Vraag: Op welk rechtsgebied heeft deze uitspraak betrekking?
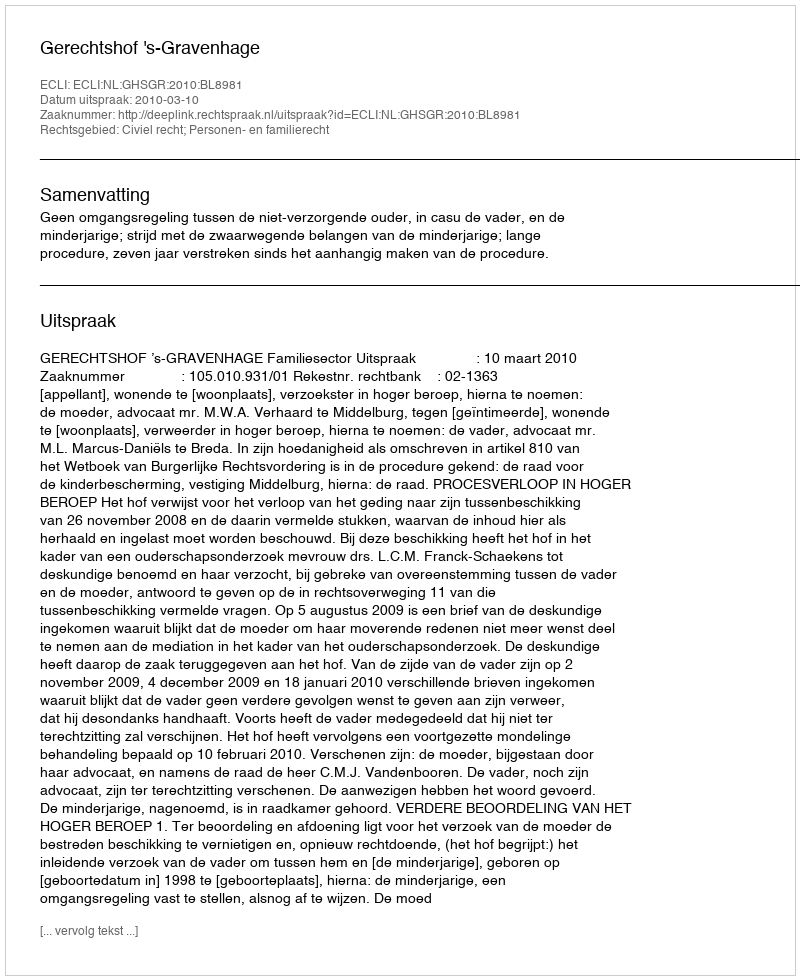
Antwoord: Civiel recht; Personen- en familierecht